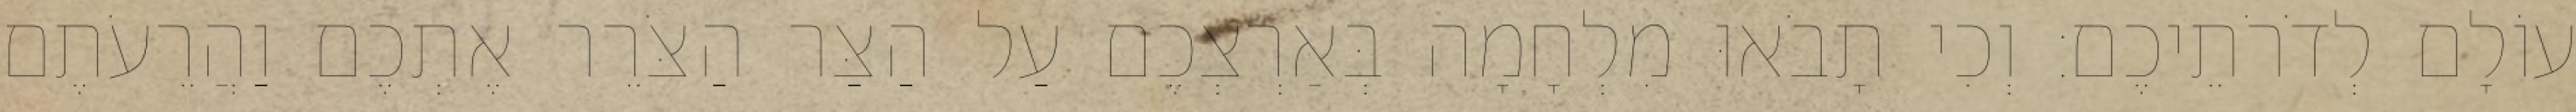
עוֹלָם לְדֹרֹתֵיכֶם׃ וְכִי תָבֹאוּ מִלְחָמָה בְּאַרְצְכֶם עַל הַצַּר הַצֹּרֵר אֶתְכֶם וַהֲרֵעֹתֶם